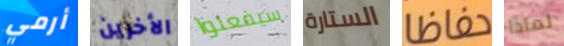
أرمي الأخرين سيفعلوا الستارة حفاظا لماذا